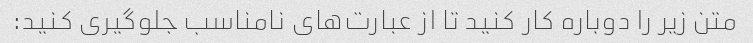
متن زیر را دوباره کار کنید تا از عبارت‌های نامناسب جلوگیری کنید: